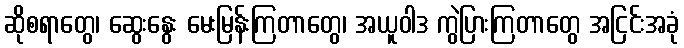
ဆိုစရာတွေ၊ ဆွေးနွေး မေးမြန်းကြတာတွေ၊ အယူဝါဒ ကွဲပြားကြတာတွေ အငြင်းအခုံ